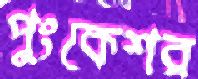
পুংকেশর